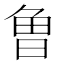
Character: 𭦌